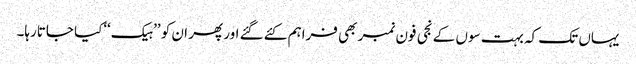
یہاں تک کہ بہت سوں کے نجی فون نمبر بھی فراہم کئے گئے اور پھر ان کو ’’ہیک‘‘کیا جاتارہا۔